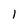
Character: l